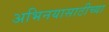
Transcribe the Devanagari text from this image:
अभिनयासाठीच्या